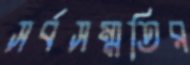
সর্বসম্মতির